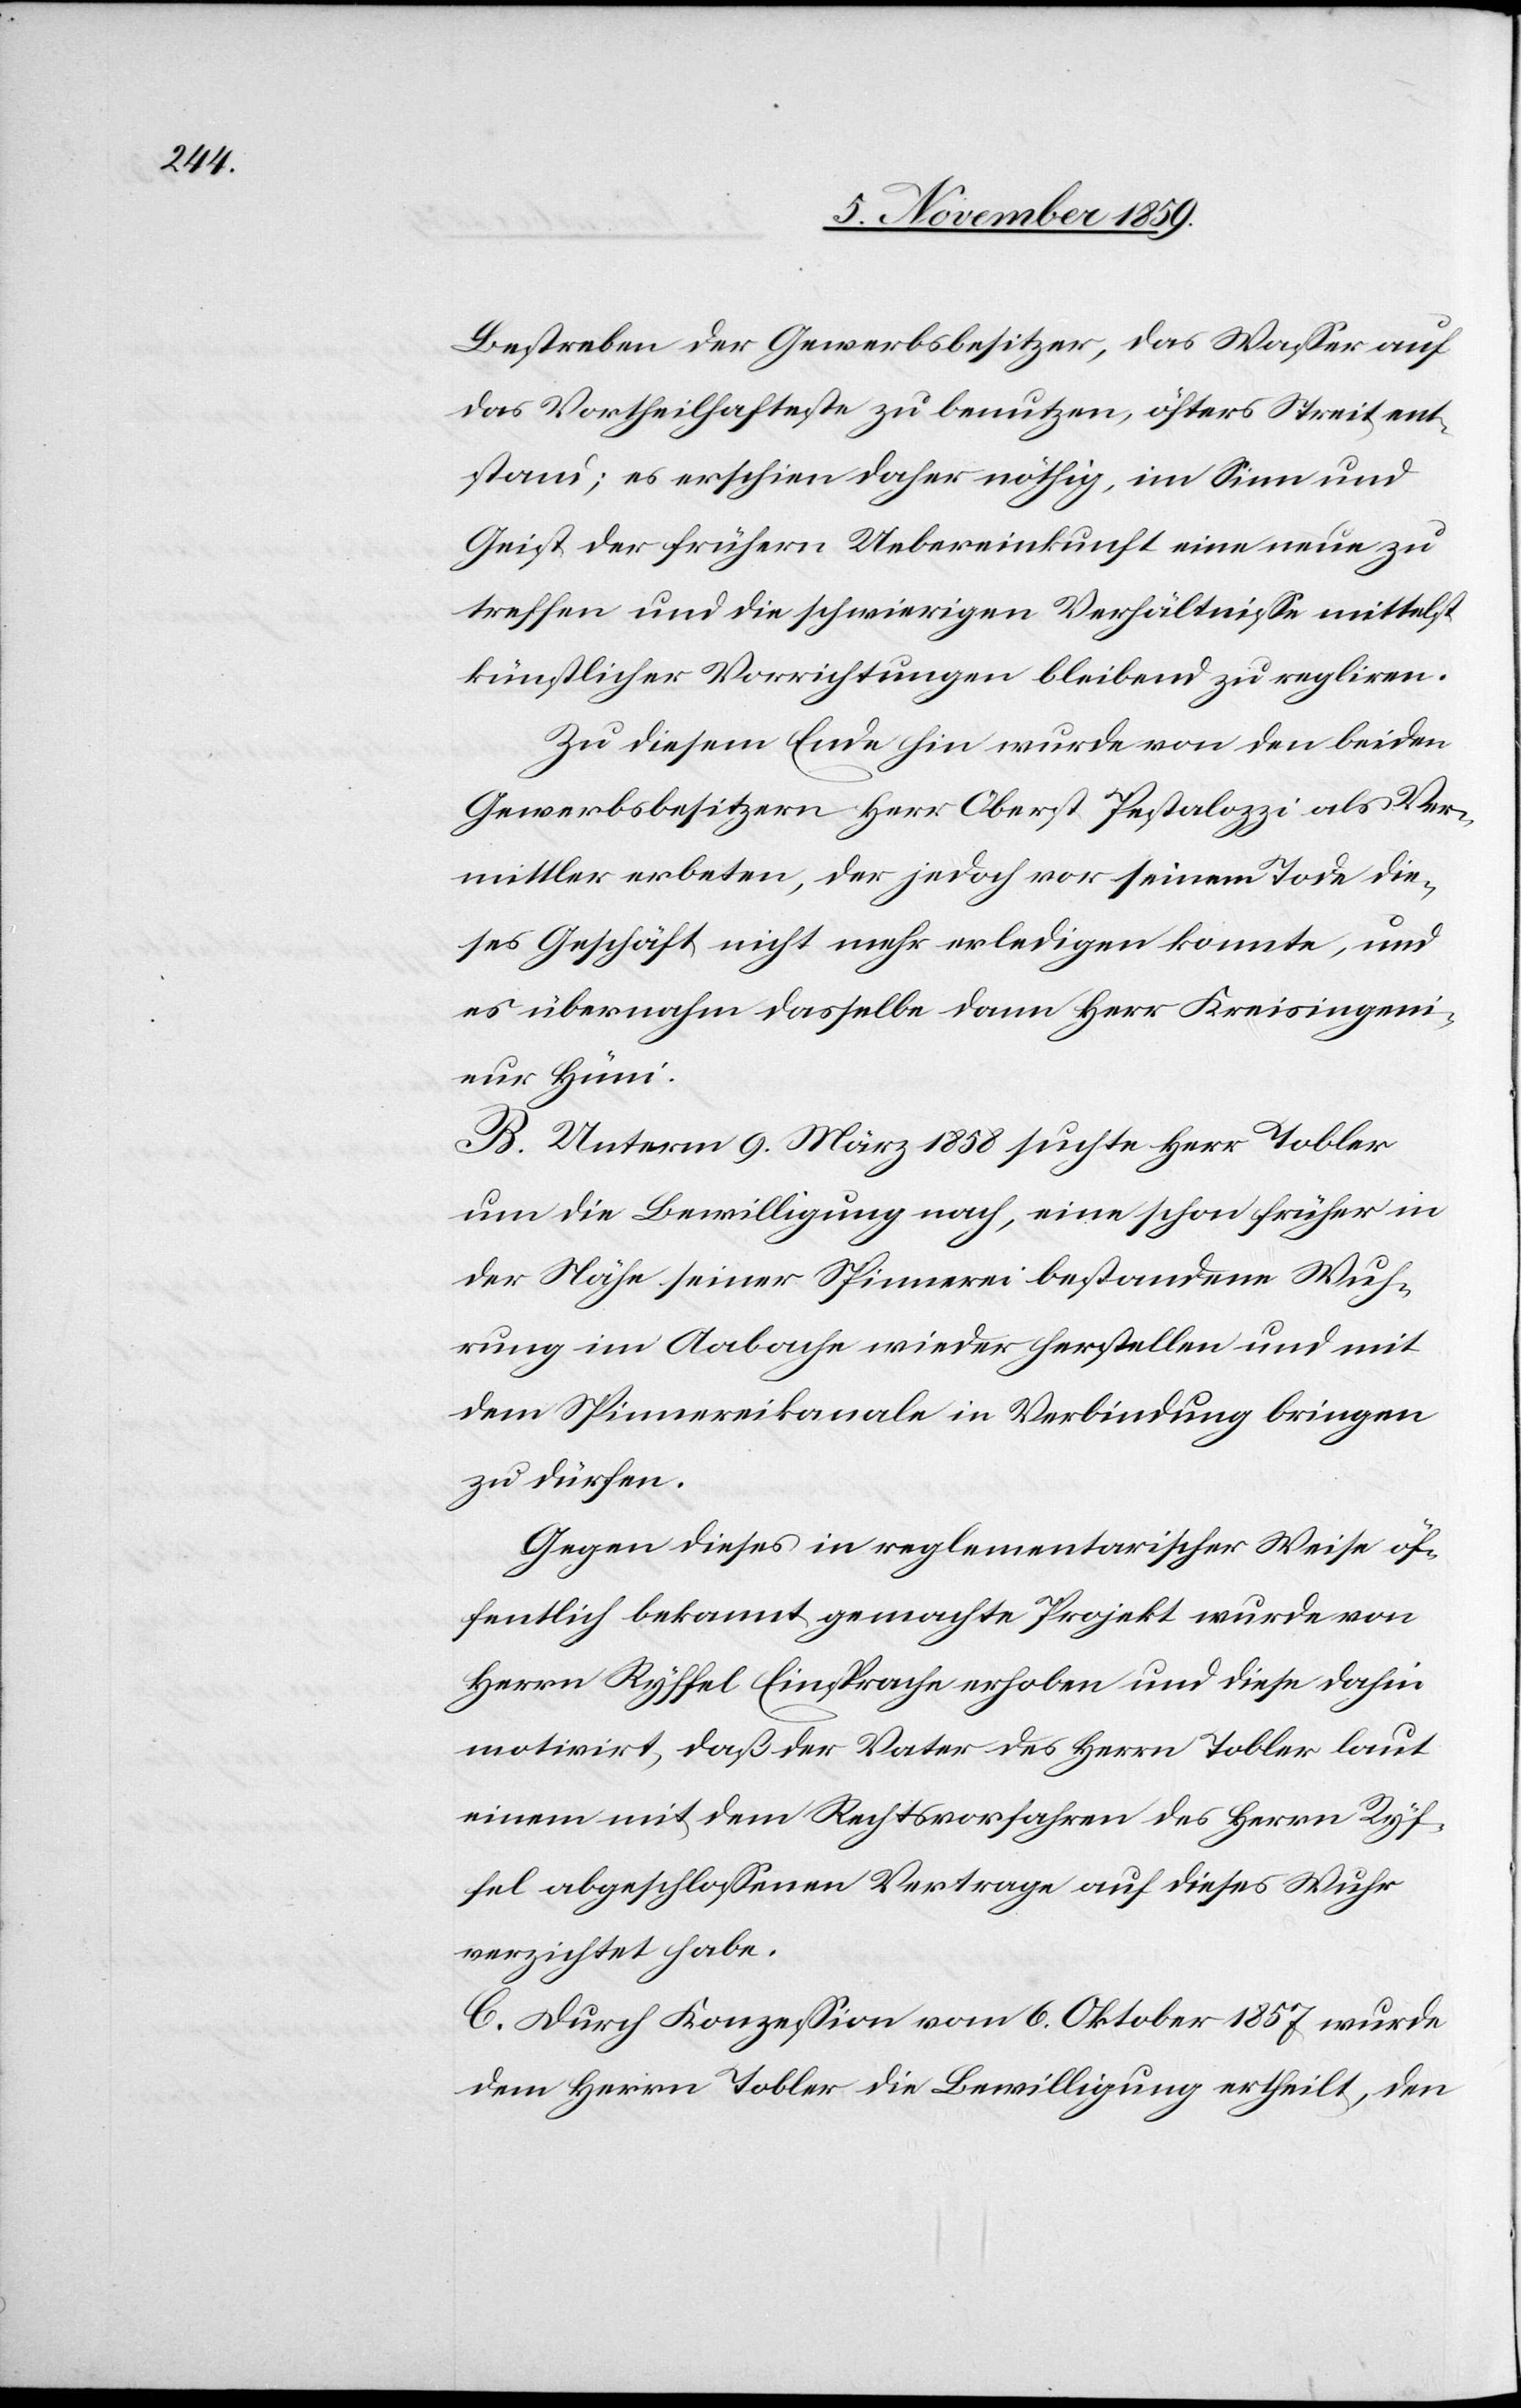
Bestreben der Gewerbsbesitzer, das Wasser auf
das Vortheilhafteste zu benutzen, öfters Streit ent¬
stand; es erschien daher nöthig, im Sinn und
Geist der frühern Uebereinkunft eine neue zu
treffen und die schwierigen Verhältnisse mittelst
künstlicher Vorrichtungen bleibend zu reguliren.
Zu diesem Ende hin wurde von den beiden
Gewerbsbesitzern Herr Oberst Pestalozzi als Ver¬
mittler erbeten, der jedoch vor seinem Tode die¬
ses Geschäft nicht mehr erledigen konnte, und
es übernahm dasselbe dann Herr Kreisingeni¬
eur Hüni.
B. Unterm 9. März 1858 suchte Herr Tobler
um die Bewilligung nach, eine schon früher in
der Nähe seiner Spinnerei bestandene Wuh¬
rung im Aabache wieder herstellen und mit
dem Spinnereikanal in Verbindung bringen
zu dürfen.
Gegen dieses in reglementarischer Weise öf¬
fentlich bekannt gemachte Projekt wurde von
Herrn Ryffel Einsprache erhoben und diese dahin
motivirt, daß der Vater des Herrn Tobler laut
einem mit dem Rechtsvorfahren des Herrn Ryf¬
fel abgeschlossenen Vertrage auf dieses Wuhr
verzichtet habe.
C. Durch Konzession vom 6. Oktober 1857 wurde
dem Herrn Tobler die Bewilligung ertheilt, den